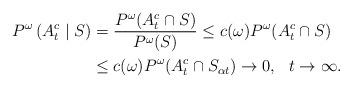
LaTeX: \begin{align*} P^\omega\left(A_t^c \mid S \right)&=\frac{P^\omega(A_t^c\cap S)}{P^\omega(S)}\leq c(\omega) P^\omega(A_t^c\cap S) \\&\leq c(\omega) P^\omega(A_t^c\cap S_{\alpha t}) \to 0,\:\:\: t\to\infty.\end{align*}